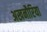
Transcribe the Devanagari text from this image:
अखनौरिया